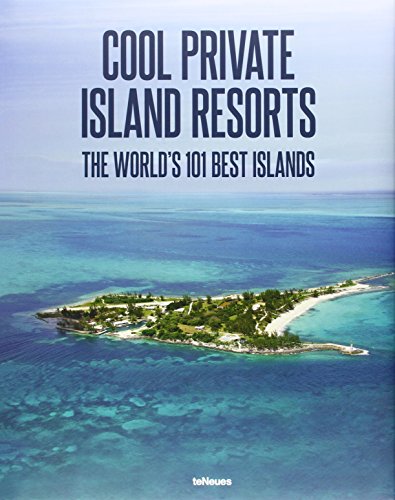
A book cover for Cool Private Islands Resorts: The World's 101 Best Islands (English, German and French Edition); Travel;